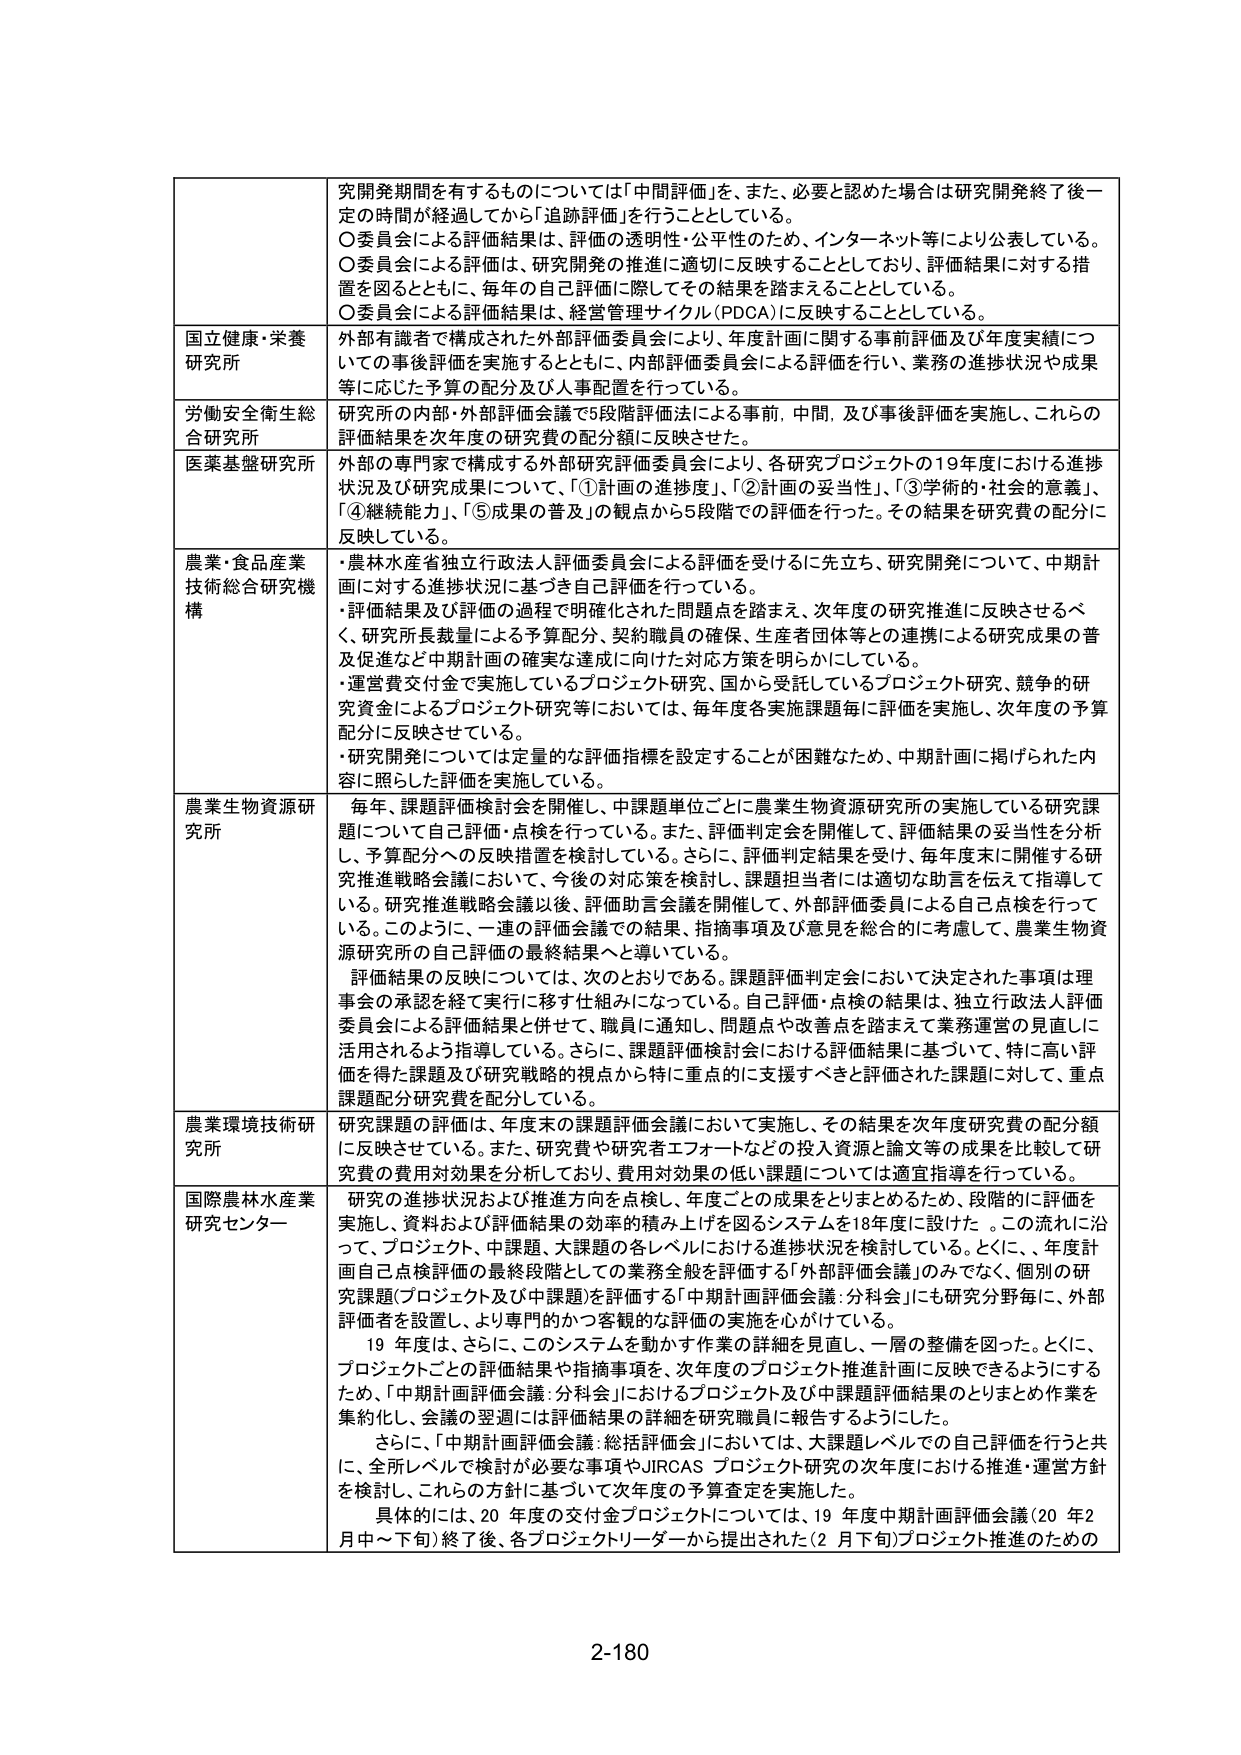
研究開発期間を有するものについては「中間評価」を、また、必要と認めた場合は研究開発終了後一定の時間が経過してから「追跡評価」を行うこととしている。
〇委員会による評価結果は、評価の透明性・公平性のため、インターネット等により公表している。
〇委員会による評価は、研究開発の推進に適切に反映することとしており、評価結果に対する措置を図るとともに、毎年の自己評価に際してその結果を踏まえることとしている。
〇委員会による評価結果は、経営管理サイクル（PDCA）に反映することとしている。

国立健康・栄養研究所
外部有識者で構成された外部評価委員会により、年度計画に関する事前評価及び年度実績についての事後評価を実施するとともに、内部評価委員会による評価を行い、業務の進捗状況や成果等に応じた予算の配分及び人事配置を行っている。

労働安全衛生総合研究所
研究所の内部・外部評価会議で5段階評価法による事前、中間、及び事後評価を実施し、これらの評価結果を次年度の研究費の配分額に反映させた。

医薬基盤研究所
外部の専門家で構成する外部研究評価委員会により、各研究プロジェクトの19年度における進捗状況及び研究成果について、①計画の進捗度、②計画の妥当性、③学術的・社会的意義、④継続能力、⑤成果の普及の観点から5段階での評価を行った。その結果を研究費の配分に反映している。

農業・食品産業技術総合研究機構
・農林水産省独立行政法人評価委員会による評価を受けるに先立ち、研究開発について、中期計画に対する進捗状況に基づき自己評価を行っている。
・評価結果及び評価の過程で明確化された問題点を踏まえ、次年度の研究推進に反映させるべく、研究所長裁量による予算配分、契約職員の確保、生産者団体等との連携による研究成果の普及促進など中期計画の確実な達成に向けた対応方策を明らかにしている。
・運営費交付金で実施しているプロジェクト研究、国から受託しているプロジェクト研究、競争的研究資金によるプロジェクト研究等においては、毎年度各実施課題毎に評価を実施し、次年度の予算配分に反映させている。
・研究開発については定量的な評価指標を設定することが困難なため、中期計画に掲げられた内容に照らした評価を実施している。

農業生物資源研究所
毎年、課題評価検討会を開催し、中課題単位ごとに農業生物資源研究所の実施している研究課題について自己評価・点検を行っている。また、評価判定会を開催して、評価結果の妥当性を分析し、予算配分への反映措置を検討している。さらに、評価判定結果を受け、毎年度末に開催する研究推進戦略会議において、今後の対応策を検討し、課題担当者には適切な助言を伝えて指導している。研究推進戦略会議以後、評価助言会議を開催して、外部評価委員による自己点検を行っている。このように、一連の評価会議での結果、指摘事項及び意見を総合的に考慮して、農業生物資源研究所の自己評価の最終結果へと導いている。
評価結果の反映については、次のとおりである。課題評価判定会において決定された事項は理事会の承認を経て実行に移す仕組みになっている。自己評価・点検の結果は、独立行政法人評価委員会による評価結果と併せて、職員に通知し、問題点や改善点を踏まえて業務運営の見直しに活用されるよう指導している。さらに、課題評価検討会における評価結果に基づいて、特に高い評価を得た課題及び研究戦略的視点から特に重点的に支援すべきと評価された課題に対して、重点課題配分研究費を配分している。

農業環境技術研究所
研究課題の評価は、年度末の課題評価会議において実施し、その結果を次年度研究費の配分額に反映させている。また、研究費や研究者エフォートなどの投入資源と論文等の成果を比較して研究費の費用対効果を分析しており、費用対効果の低い課題については適宜指導を行っている。

国際農林水産業研究センター
研究の進捗状況および推進方向を点検し、年度ごとの成果をとりまとめるため、段階的に評価を実施し、資料および評価結果の効率的積み上げを図るシステムを18年度に設けた。この流れに沿って、プロジェクト、中課題、大課題の各レベルにおける進捗状況を検討している。とくに、年度計画自己点検評価の最終段階としての業務全般を評価する「外部評価会議」のみでなく、個別の研究課題（プロジェクト及び中課題）を評価する「中期計画評価会議：分科会」にも研究分野毎に、外部評価者を設置し、より専門的かつ客観的な評価の実施を心がけている。
19年度は、さらに、このシステムを動かす作業の詳細を見直し、一層の整備を図った。とくに、プロジェクトごとの評価結果や指摘事項を、次年度のプロジェクト推進計画に反映できるようにするため、「中期計画評価会議：分科会」におけるプロジェクト及び中課題評価結果のとりまとめ作業を集約化し、会議の翌週には評価結果の詳細を研究職員に報告するようにした。
さらに、「中期計画評価会議：総括評価会」においては、大課題レベルでの自己評価を行うと共に、全所レベルで検討が必要な事項やJIRCASプロジェクト研究の次年度における推進・運営方針を検討し、これらの方針に基づいて次年度の予算査定を実施した。
具体的には、20年度の交付金プロジェクトについては、19年度中期計画評価会議（20年2月中～下旬）終了後、各プロジェクトリーダーから提出された（2月下旬）プロジェクト推進のための

2-180